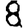
Digit: 8